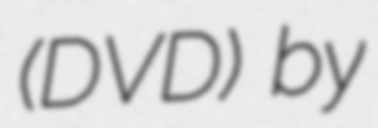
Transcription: (DVD) by